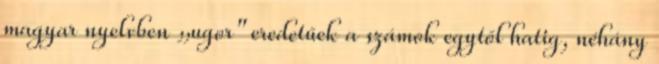
magyar nyelvben „ugor" eredetűek a számok egytől hatig, néhány